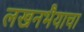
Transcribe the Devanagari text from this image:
लखनभैयाचा